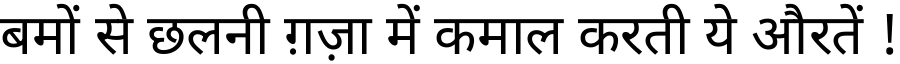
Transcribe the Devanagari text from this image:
बमों से छलनी ग़ज़ा में कमाल करती ये औरतें !